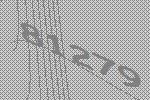
81279